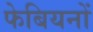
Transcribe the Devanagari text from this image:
फेबियनों